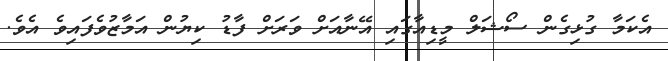
އެކަމާ ގުޅިގެން ސޯޝަލް މީޑިއާގައި އޭނާއަށް ވަރަށް ފާޑު ކިޔުން އަމާޒުވެފައިވެ އެވެ.